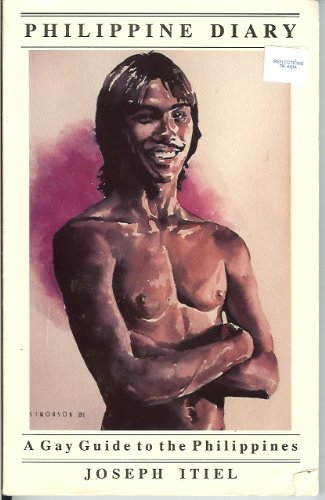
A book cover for Philippine Diary: A Gay Guide to the Philippines; Joseph Itiel; Travel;